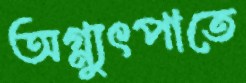
অগ্ন্যুৎপাতে